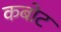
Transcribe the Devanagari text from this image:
कबोट